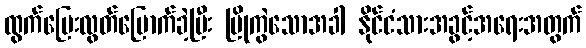
ထွက်ပြေးလွတ်မြောက်ခဲ့ပြီး ပြိုကွဲသောအခါ နိုင်ငံသားအခွင့်အရေးအတွက်